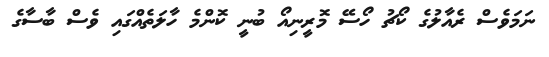
ނަމަވެސް ރެއާލުގެ ކޯޗު ހޯސޭ މޮރީނިއޯ ބުނީ ކޮންމެ ހާލަތެއްގައި ވެސް ބާސާގެ